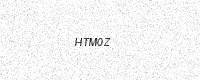
Text: HTM0Z